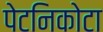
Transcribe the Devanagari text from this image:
पेटनिकोटा